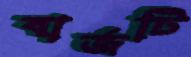
বার্জটি